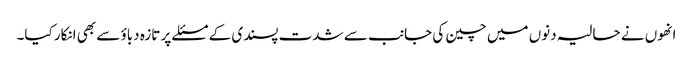
انھوں نے حالیہ دنوں میں چین کی جانب سے شدت پسندی کے مسئلے پر تازہ دباؤ سے بھی انکار کیا۔